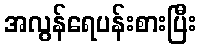
အလွန်ရေပန်းစားပြီး